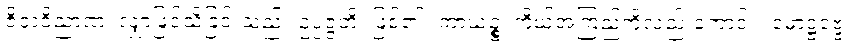
ဇိဝှာဝိညာဏံ၊ လျှာဖြင့်သိခြင်းသည်။ ဥပ္ပဇ္ဇတိ၊ ဖြစ်၏။ ကာယဉ္စ၊ ကိုယ်အကြည်ကိုလည်းကောင်း။ ဖောဋ္ဌဗ္ဗေ